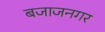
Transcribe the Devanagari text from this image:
बजाजनगर